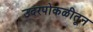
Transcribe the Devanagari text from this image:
उदरपोकळीतून